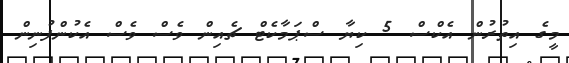
މީގެ އިތުރުން އެކްސް 5 ކިޔާ ސްޕަމާކެޓް ޗެއިން ވެސް ވެސް އެކުންފުނިން